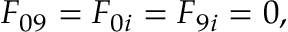
\begin{array} { c } { { F _ { 0 9 } = F _ { 0 i } = F _ { 9 i } = 0 , } } \end{array}